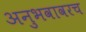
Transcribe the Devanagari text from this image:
अनुभवावरच